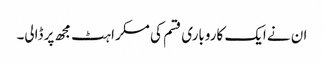
ان نے ایک کاروباری قسم کی مسکراہٹ مجھ پر ڈالی۔